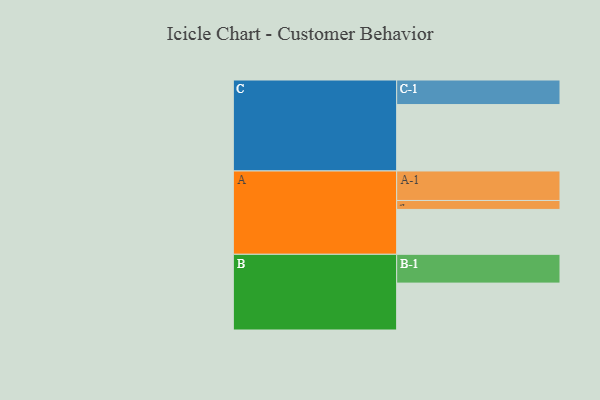
{"axis": {"x": "Segment", "y": "Value"}, "legend": ["", "A", "B", "C"], "data": [{"x": "A", "y": 382, "type": ""}, {"x": "B", "y": 399, "type": ""}, {"x": "C", "y": 565, "type": ""}, {"x": "A-1", "y": 251, "type": "A"}, {"x": "A-2", "y": 76, "type": "A"}, {"x": "B-1", "y": 245, "type": "B"}, {"x": "C-1", "y": 209, "type": "C"}]}